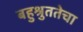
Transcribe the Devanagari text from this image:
बहुश्रुततेचा